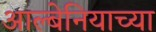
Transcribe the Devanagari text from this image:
आल्बेनियाच्या